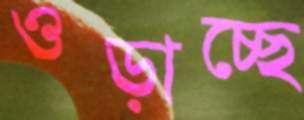
ওড়াচ্ছে